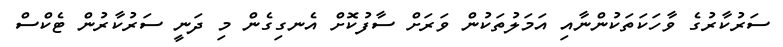
ސަރުކާރުގެ ވާހަކަތަކުންނާއި އަމަލުތަކުން ވަރަށް ސާފުކޮށް އެނގިގެން މި ދަނީ ސަރުކާރުން ޓެކްސް